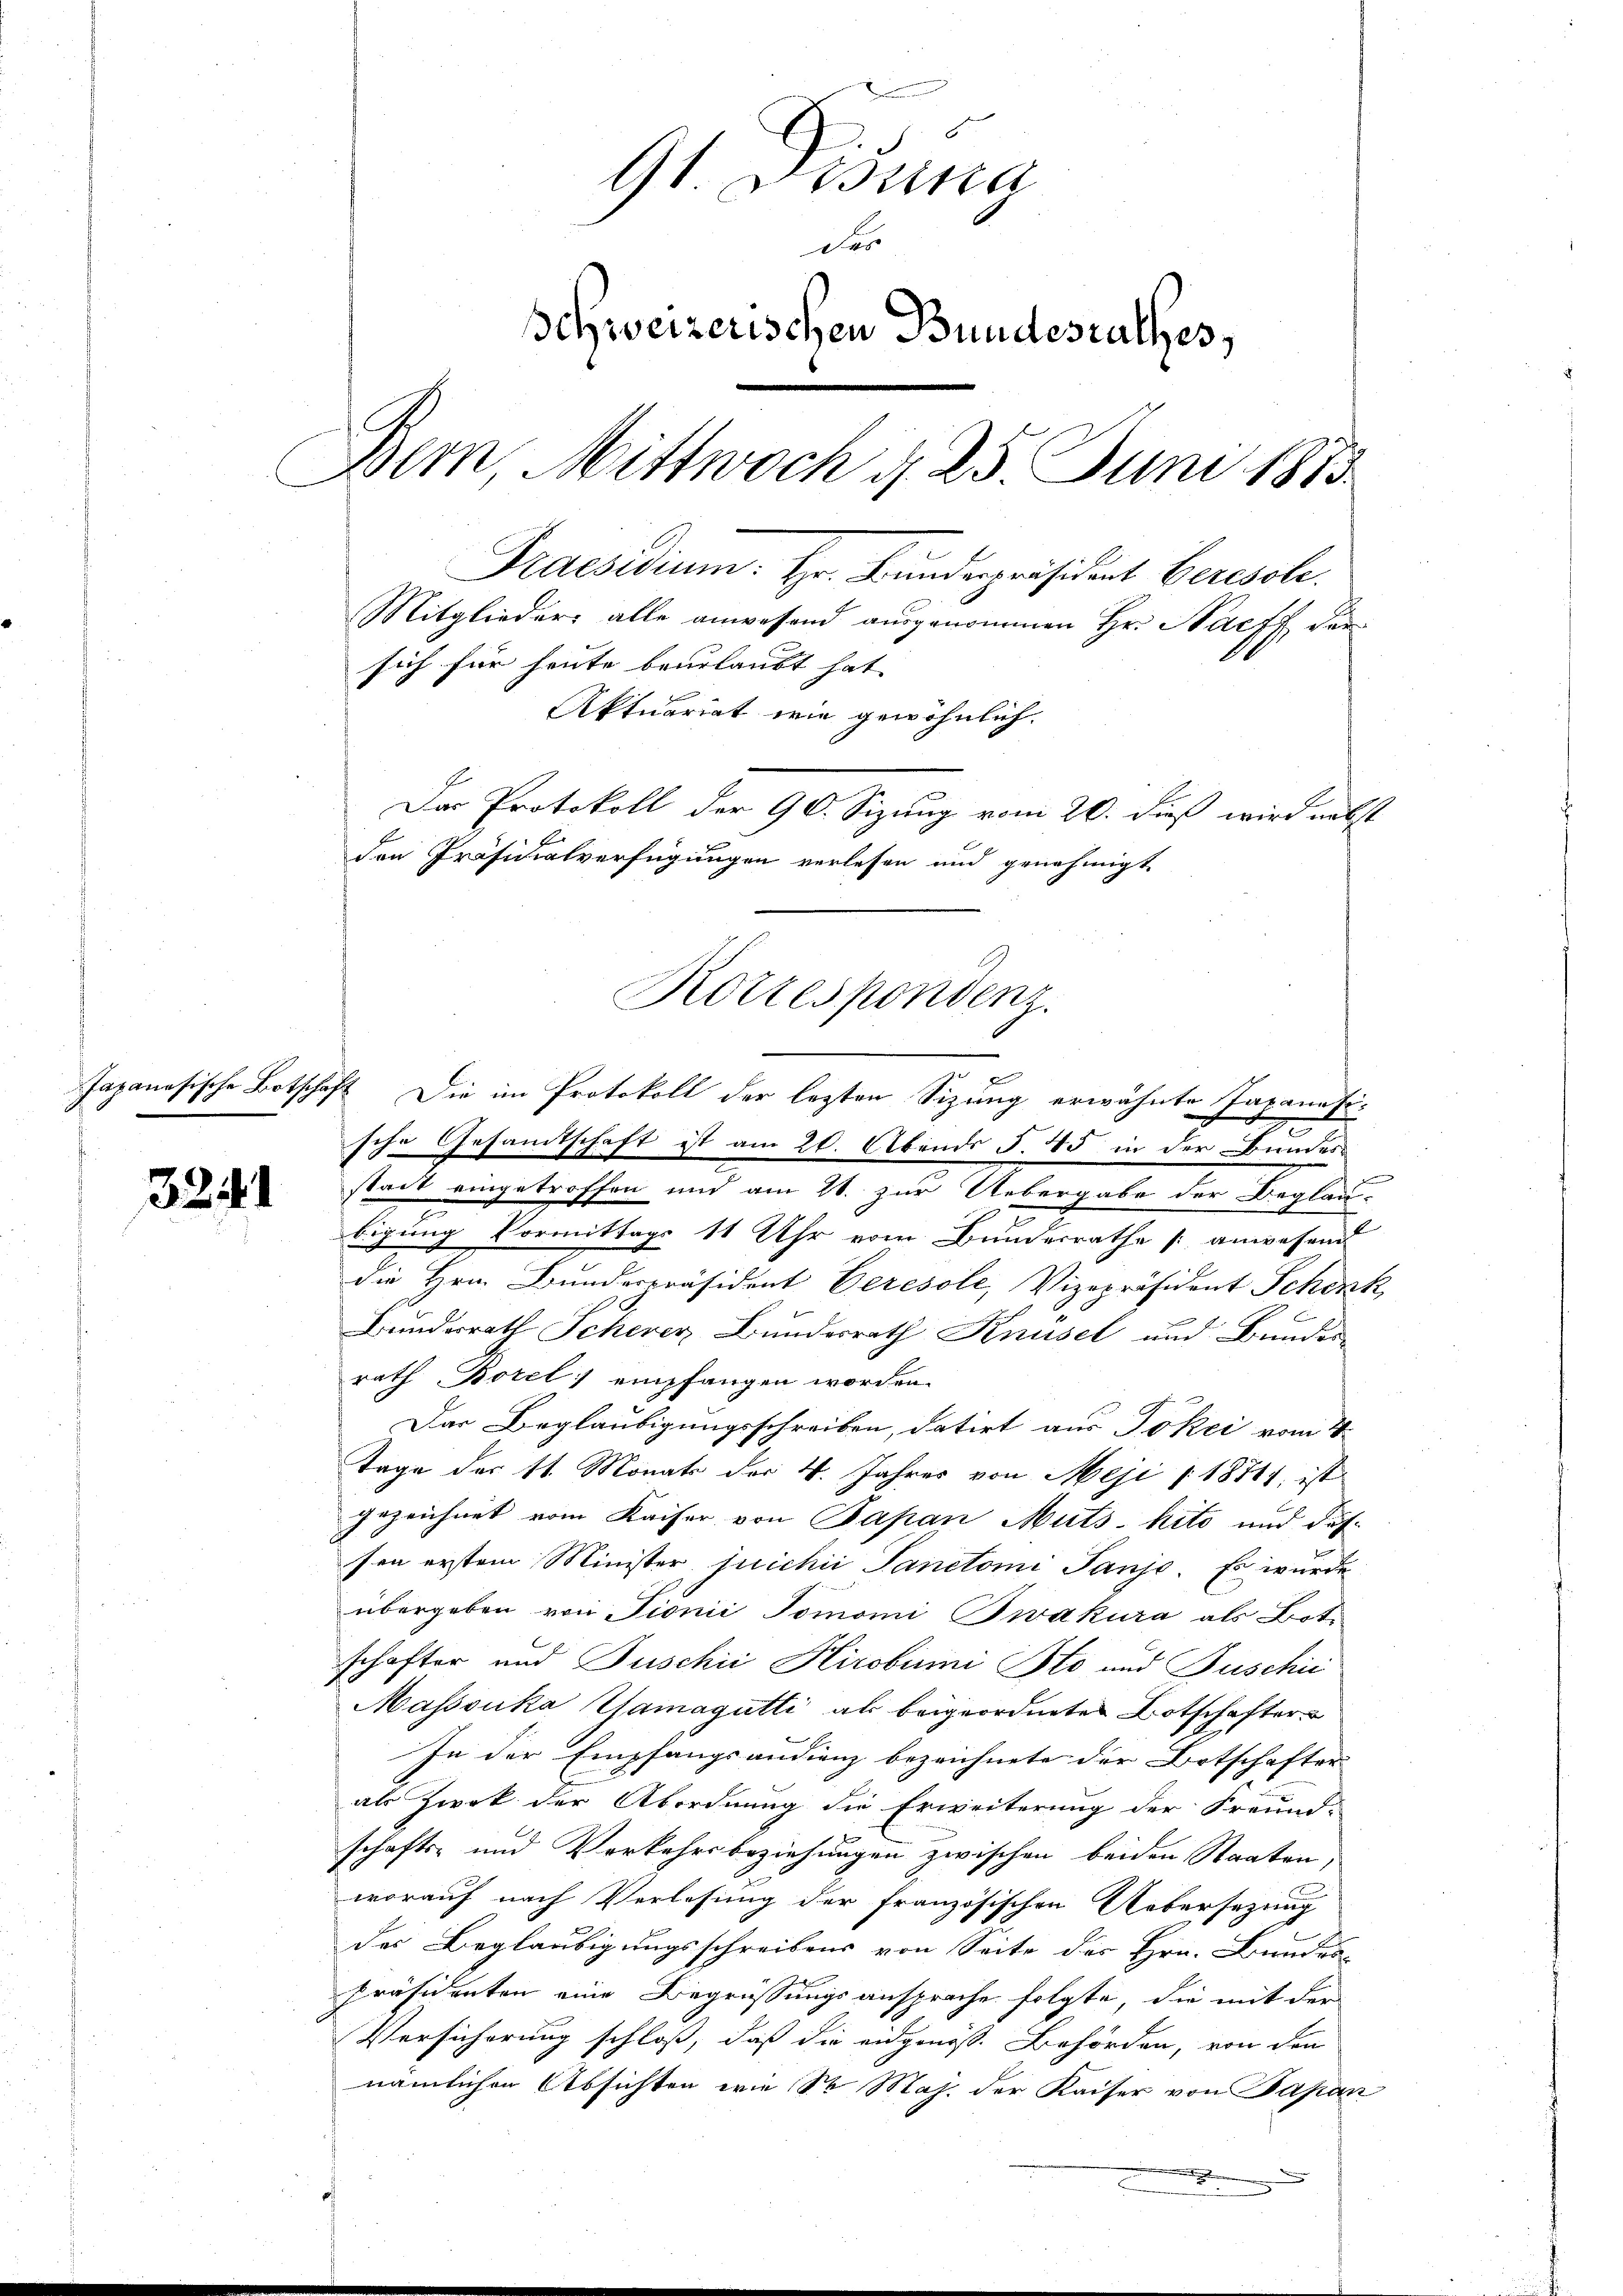
3241

G1. Bestina
da
schweizerischen Bundesrathes,
Bern, Mittwoch d. 25. Juni 1883.
Praesidium. Hr. Bundespräsident Beresole.
Mitglieder alle anwesend ausgenommen Hr. Narff der
sich für heute beurlaubt hat. |

Aktuariat wie gewöhnlich.

Japanesische Botschäft. Die im Protokoll der lezten Sizung erwähnte Japanasi-
sche Gesandtschaft ist am 20. Abends S. 85 in der Bundes
stadt eingetroffen und am 21. zur Uebergabe der Beglau-
bigung Vormittags 11 Uhr vom Bundesrathe anwesend
die Hrn. Bundespräsident Beresole, Vizepräsident Schenk
Bundesrath Schever Bundesrath Knüsel und Bundes
rath Borel empfangen worden.
Das Beglaubigungsschreiben, datirt aus Pökci vom 4.
Tage des 11. Monats der 4. Jahres von Meji (18741; ist
gezeichnet vom Kaiser von Papan Muts hito und das
sen erstem Minister juichii Sanctoni Tanjo. Es wurde
übergeben von Pionić Tomonii Twakura als Botschafter und Buschii Hirobumi Sto und Fuschie
Massouka Wamagutti als beigeordnetes Botschafter
In der Empfangsaudienz bezeichnete der Botschafter
als Zwek der Abordnung die Erweiterung der Freund-
schafts- und Verkehrsbeziehungen zwischen beiden Staaten,
worauf nach Verlesung der französischen Uebersezung
des Beglaubigungsschreibens von Seite des Hrn. Bundes-
Präsidenten eine Begrüssungsansprache folgte, die mit der
Versicherung schloß, daß die eidgenöß. Behörden, von den
nämlichen Absichten wie Sr Maj. der Kaiser von Papan
e

Kotzespondenz.

Der Protokoll der 90. Sigung vom 20. dieß wird nebst
den Präsidialverfügungen verlesen und genehmigt